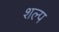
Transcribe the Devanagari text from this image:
शल्प